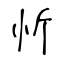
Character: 忻